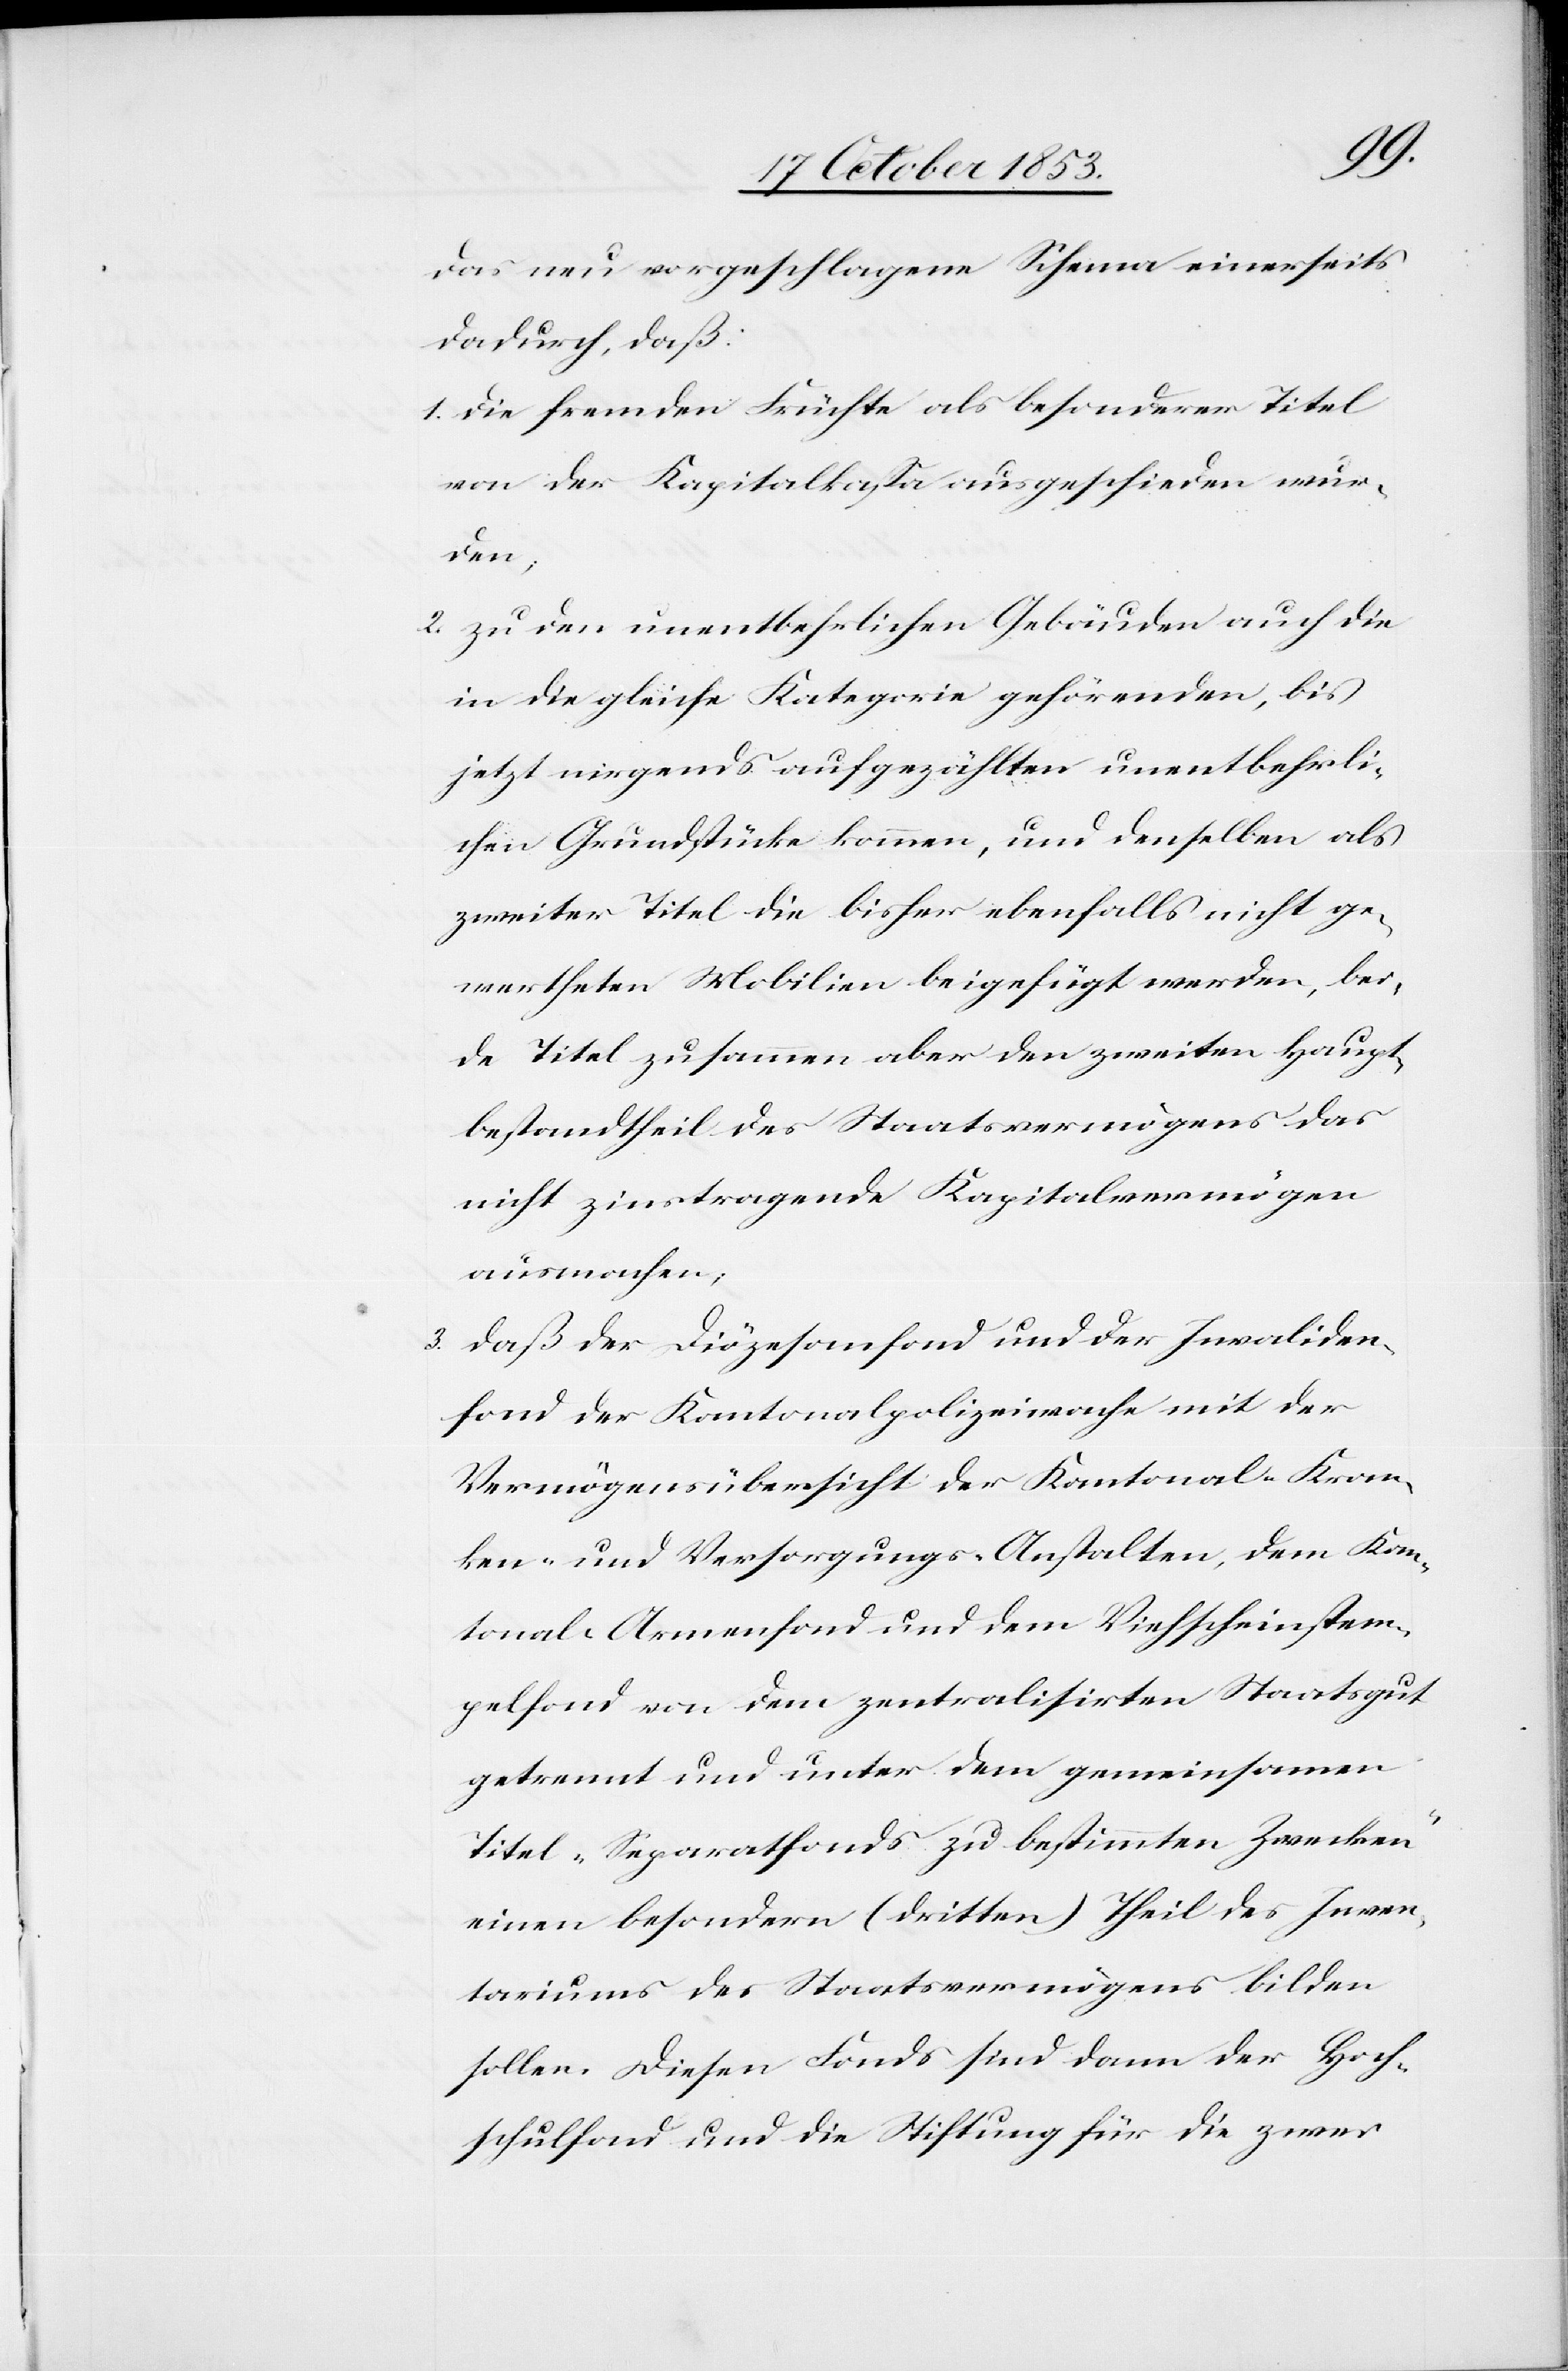
das neu vorgeschlagene Schema einerseits
dadurch, daß:
1, die fremden Früchte als besondere Titel
von der Kapitalskaßa ausgeschieden wur¬
den,
2, zu den unentbehrlichen Gebäuden auch die
in die gleiche Kategorie gehörenden, bis
jetzt nirgends aufgezählten unentbehrli¬
chen Grundstücke kommen, und denselben als
zweiter Titel die bisher ebenfalls nicht ge¬
wertheten Mobilien beigefügt werden, bei¬
de Titel zusammen aber den zweiten Haupt¬
bestandtheil des Staatsvermögens das
nicht zinstragende Kapitalvermögen
ausmachen,
3. daß der Diözesanfond und der Invaliden¬
fond der Kantonalpolizeiwache mit der
Vermögensübersicht der Kantonal- Kran¬
ken- und Versorgungs-Anstalten, dem Kan¬
tonal-Armenfond und dem Viehscheinstem¬
pelfond von dem zentralisirten Staatsgut
getrennt und unter dem gemeinsamen
Titel „Separatfonds zu bestimmten Zwecken“
einen besondern (dritten) Theil des Inven¬
tariums des Staatsvermögens bilden
sollen. Diesen Fonds sind dann der Hoch¬
schulfond und die Stiftung die zwei